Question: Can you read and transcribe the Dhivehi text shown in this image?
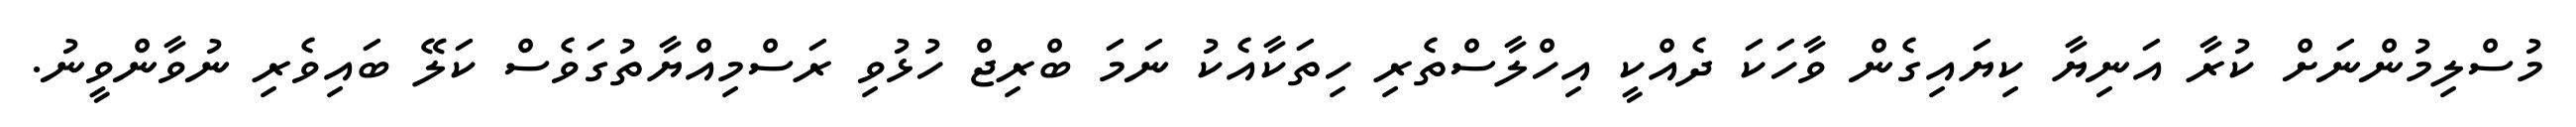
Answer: މުސްލިމުންނަށް ކުރާ އަނިޔާ ކިޔައިގެން ވާހަކަ ދެއްކީ އިހްލާސްތެރި ހިތަކާއެކު ނަމަ ބްރިޖް ހުޅުވި ރަސްމިއްޔާތުގަވެސް ކަލޭ ބައިވެރި ނުވާންވީނު.